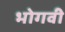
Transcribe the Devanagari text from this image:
भोगवी